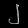
Digit: ၂